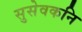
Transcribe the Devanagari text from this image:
सुसेवकनि